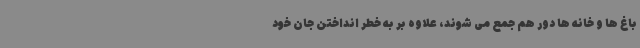
باغ ها و خانه ها دور هم جمع می شوند، علاوه بر به خطر انداختن جان خود